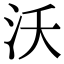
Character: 沃